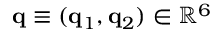
\ensuremath { \mathbf { q } } \equiv ( \ensuremath { \mathbf { q } } _ { 1 } , \ensuremath { \mathbf { q } } _ { 2 } ) \in \mathbb { R } ^ { 6 }